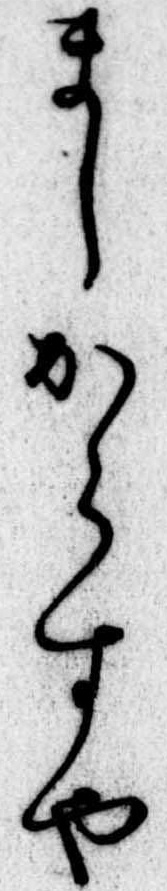
ましからすや